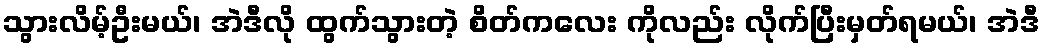
သွားလိမ့်ဦးမယ်၊ အဲဒီလို ထွက်သွားတဲ့ စိတ်ကလေး ကိုလည်း လိုက်ပြီးမှတ်ရမယ်၊ အဲဒီ